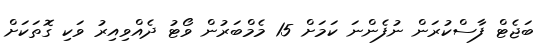
ބަޖެޓް ފާސްކުރަން ނުފެންނަ ކަމަށް 15 މެމްބަރުން ވޯޓު ދެއްވިއިރު ވަކި ގޮތަކަށް